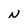
Character: N